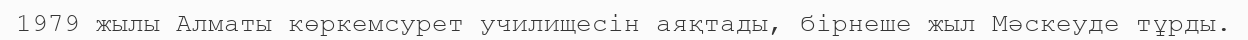
1979 жылы Алматы көркемсурет училищесін аяқтады, бірнеше жыл Мәскеуде тұрды.